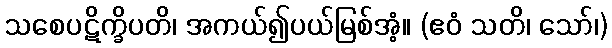
သစေပဋိက္ခိပတိ၊ အကယ်၍ပယ်မြစ်အံ့။ (ဧဝံ သတိ၊ သော်၊)